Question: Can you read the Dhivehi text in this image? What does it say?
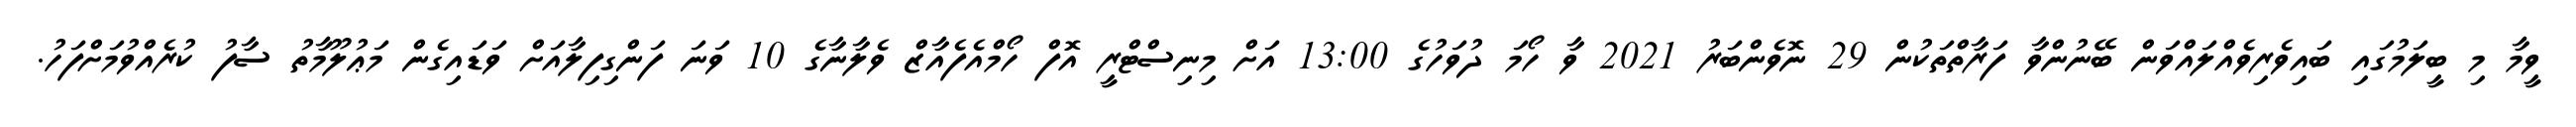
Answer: ވީމާ މި ބީލަމުގައި ބައިވެރިވެއްލައްވަން ބޭނުންވާ ފަރާތްތަކުން 29 ނޮވެންބަރު 2021 ވާ ހޯމަ ދުވަހުގެ 13:00 އަށް މިނިސްޓްރީ އޮފް ހޯމްއެފެއާޒް ވެލާނާގެ 10 ވަނަ ފަންގިފިލާއަށް ވަޑައިގެން މަޢުލޫމާތު ސާފު ކުރެއްވުމަށްފަހު.